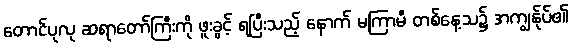
တောင်ပုလု ဆရာတော်ကြီးကို ဖူးခွင့် ရပြီးသည့် နောက် မကြာမီ တစ်နေ့သ၌ အကျွန်ုပ်၏